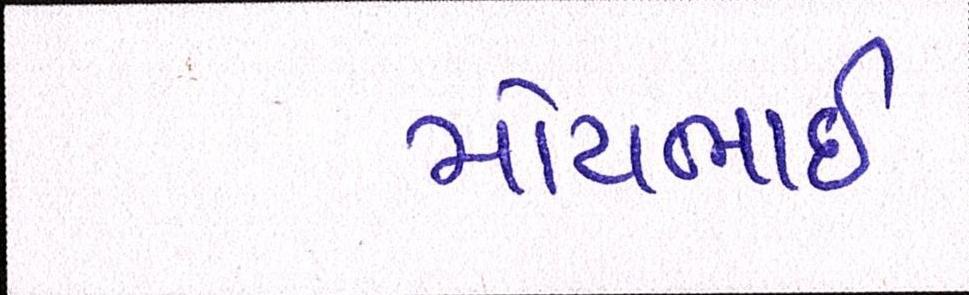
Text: મોટાભાઈ